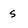
Character: s